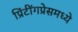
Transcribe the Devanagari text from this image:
प्रिंटींगप्रेसमध्ये